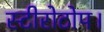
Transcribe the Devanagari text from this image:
स्टीरोटोप।